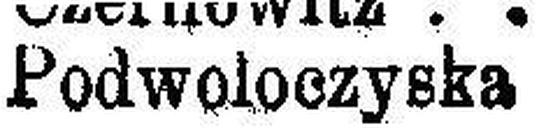
Podwoloczyska